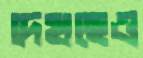
দেখছেও